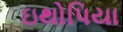
ઇથોપિયા